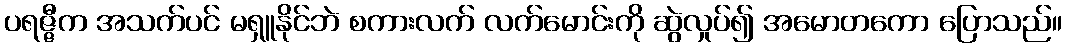
ပရဇ္ဇီက အသက်ပင် မရှူနိုင်ဘဲ စကားလက် လက်မောင်းကို ဆွဲလှုပ်၍ အမောတကော ပြောသည်။